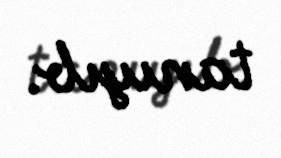
tanıyıb.